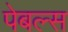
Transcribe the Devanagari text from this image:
पेबल्स